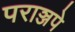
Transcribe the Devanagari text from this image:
पराञ्जपे